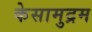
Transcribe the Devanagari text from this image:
केसामुद्रम